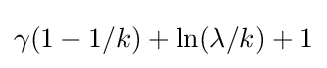
\gamma (1-1/k)+\ln(\lambda /k)+1